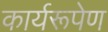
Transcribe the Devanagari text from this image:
कार्यरूपेण